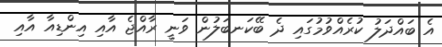
އެ ބައްދަލު ކުރެއްވުމުގައި ދެ ބޭކަނބަލުން ވަނީ ރާއްޖެ އާއި އިންޑިއާ އާއި